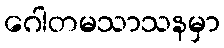
ဂေါတမသာသနမှာ